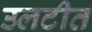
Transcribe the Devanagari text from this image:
उलटीत